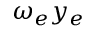
\omega _ { e } y _ { e }